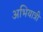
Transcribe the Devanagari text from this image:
अभियात्री